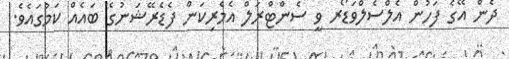
ދެން އޭގެ ފަހުން އެލްސެލްވަޑޯރ ވީ ސެންޓްރަލް އެމެރިކަން ފެޑެރޭޝަނުގެ ބައެއް ކަމުގައެވެ.